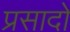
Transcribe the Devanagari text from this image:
प्रसादों